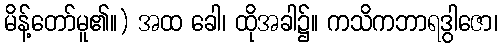
မိန့်တော်မူ၏။) အထ ခေါ၊ ထိုအခါ၌။ ကသိကဘာရဒွါဇော၊